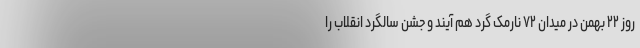
روز ۲۲ بهمن در میدان ۷۲ نارمک گرد هم آیند و جشن سالگرد انقلاب را